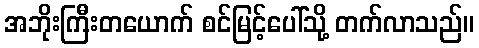
အဘိုးကြီးတယောက် စင်မြင့်ပေါ်သို့ တက်လာသည်။